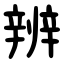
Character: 辨